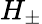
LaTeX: H_{\pm}